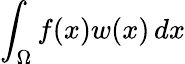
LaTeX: \int_{\Omega}f(x)w(x)\, dx